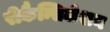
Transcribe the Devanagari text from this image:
रीकैन्सिलेशन